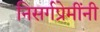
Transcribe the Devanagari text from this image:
निसर्गप्रेमींनी